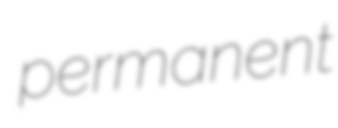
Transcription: permanent